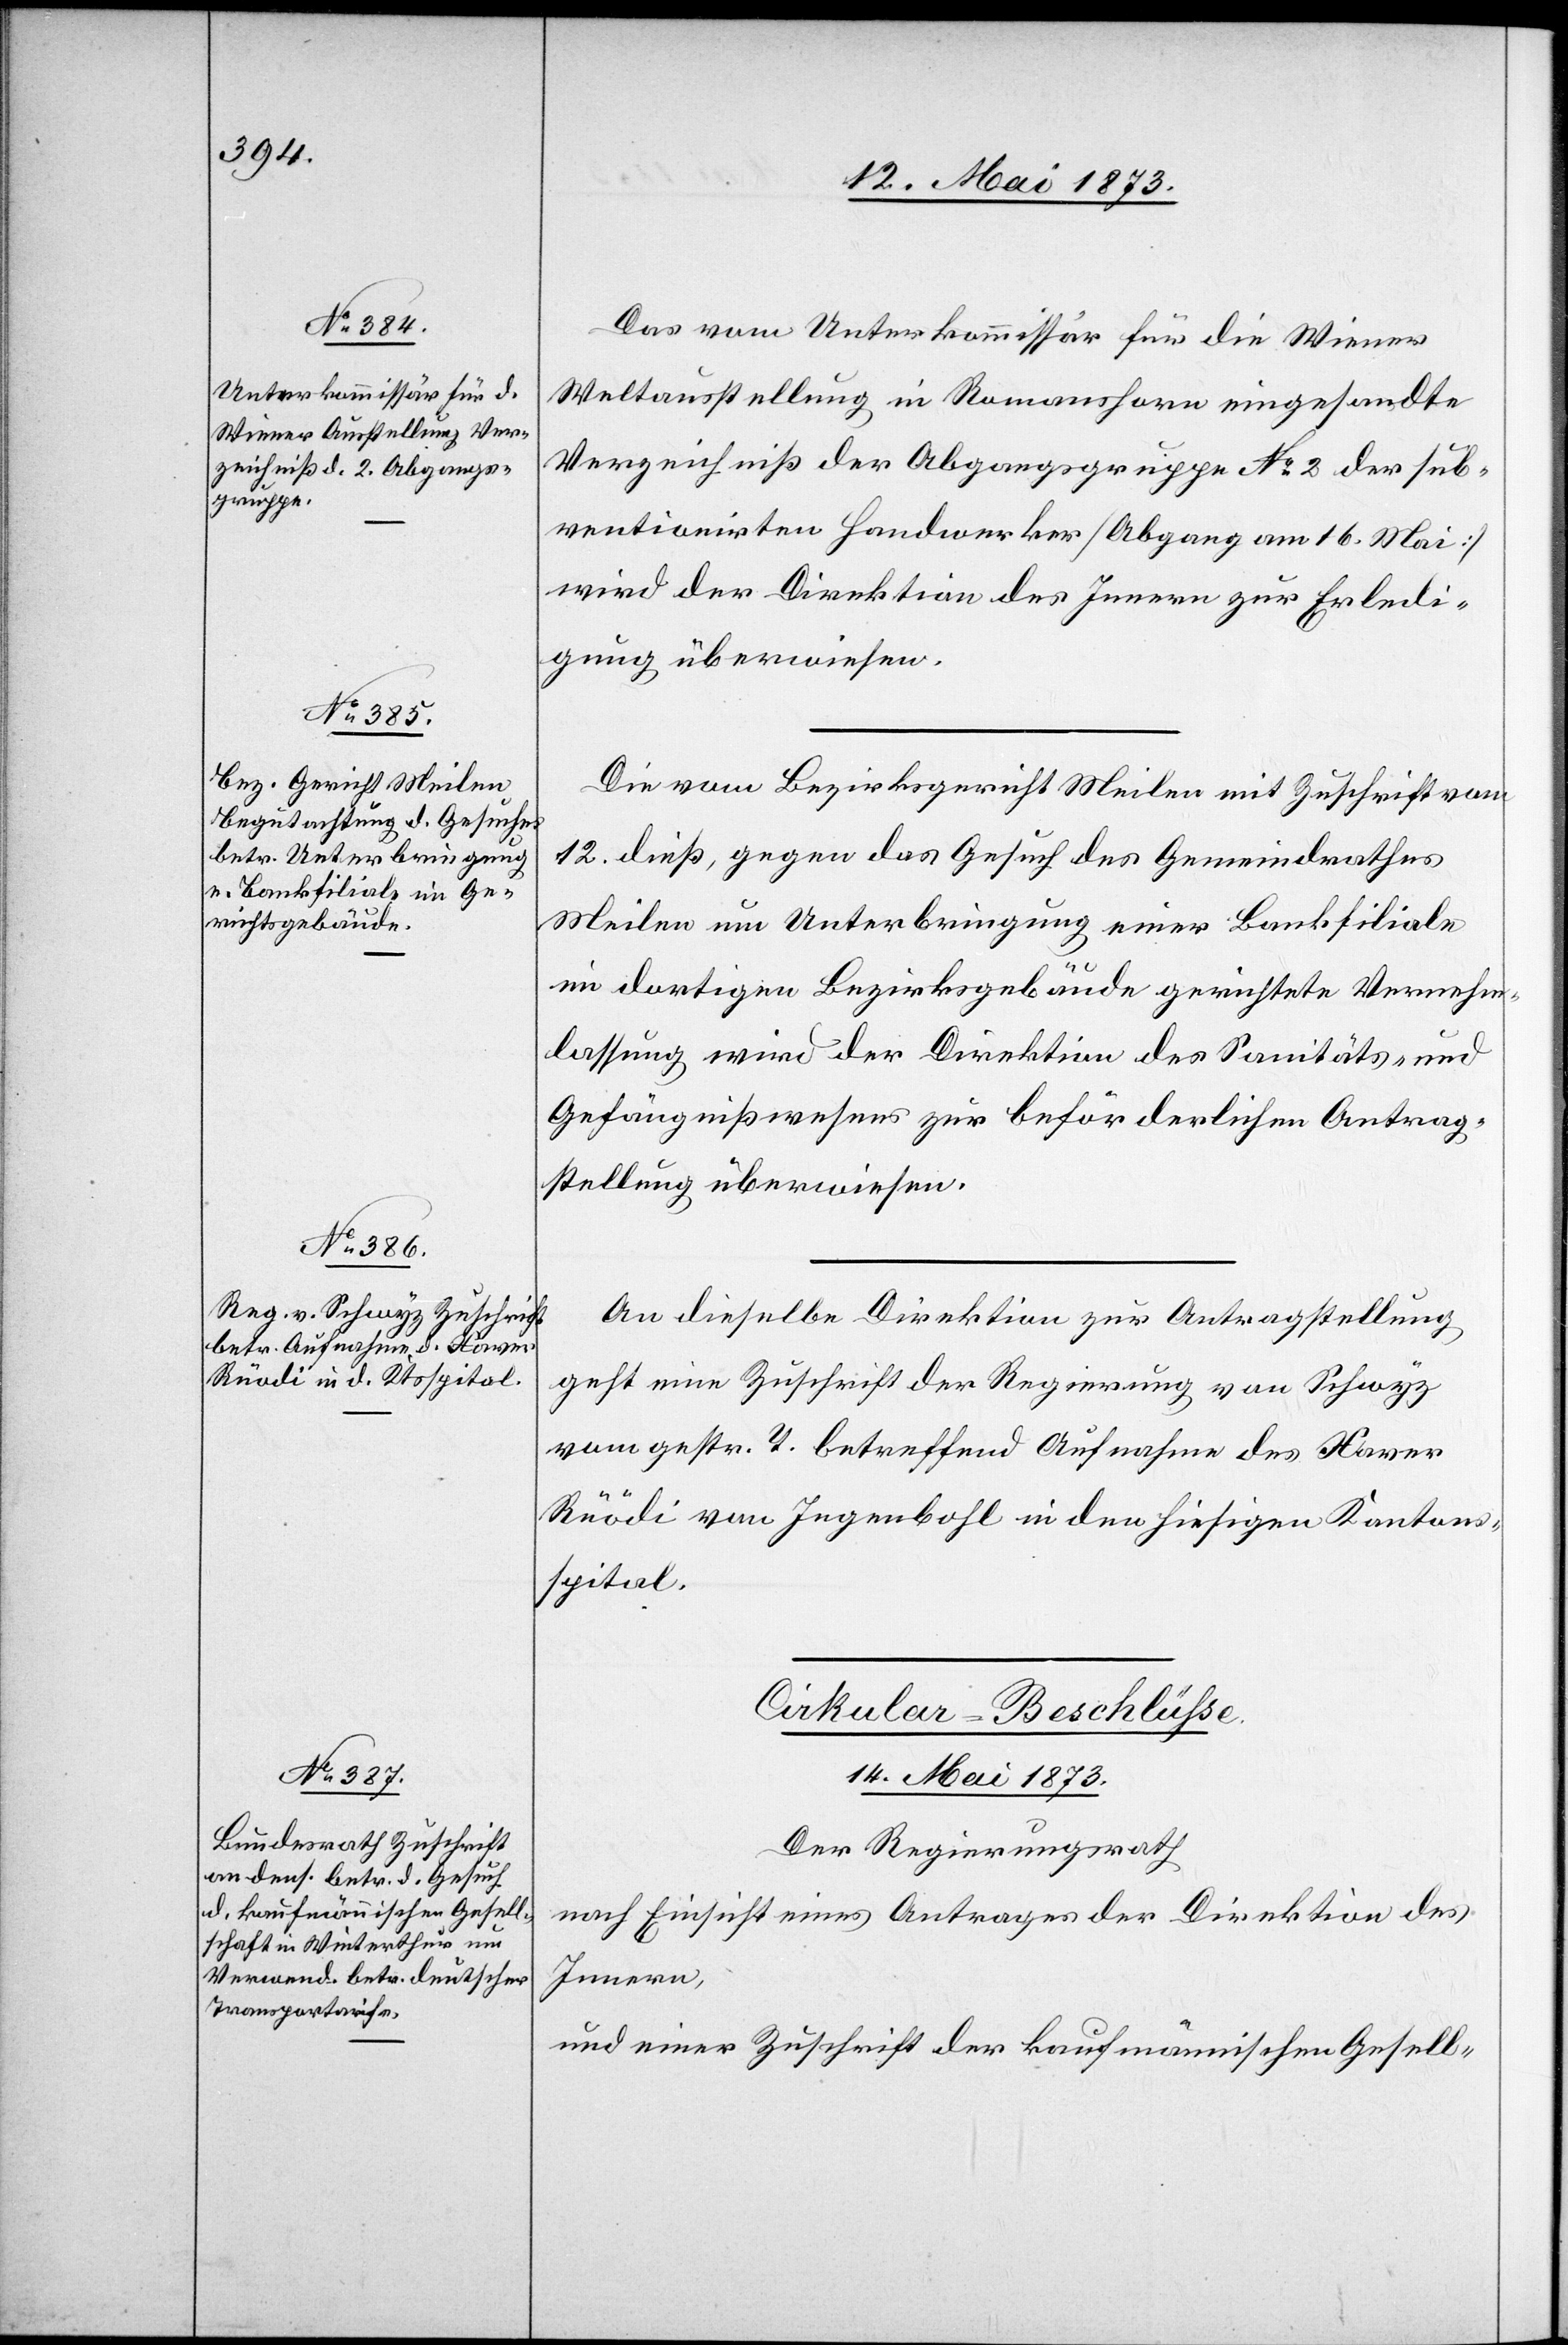
Das vom Unterkommissär für die Wiener
Weltausstellung in Romanshorn eingesandte
Verzeichniß der Abgangsgruppe No 2 der sub¬
ventionirten Handwerker [Abgang am 16. Mai]
wird der Direktion des Innern zur Erledi¬
gung überwiesen.
Die vom Bezirksgericht Meilen mit Zuschrift vom
12. dieß gegen das Gesuch des Gemeindrathes
Meilen um Unterbringung einer Bankfiliale
im dortigen Bezirksgebäude gerichtete Vernehm¬
lassung wird der Direktion des Sanitäts- und
Gefängnißwesens zur beförderlichen Antrag¬
stellung überwiesen.
An dieselbe Direktion zur Antragstellung
geht eine Zuschrift der Regierung von Schwyz
vom gestr. T. betreffend Aufnahme des Xaver
[sic!] von Ingenbohl in den hiesigen Kantons¬
spital.
Cirkular-Beschlüsse.
14. Mai 1873.
Der Regierungsrath
nach Einsicht eines Antrages der Direktion des
Innern,
und einer Zuschrift der kaufmännischen Gesell-